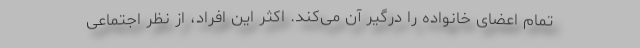
تمام اعضای خانواده را درگیر آن می‌کند. اکثر این افراد، از نظر اجتماعی